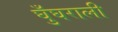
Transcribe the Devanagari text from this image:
घुँघराली